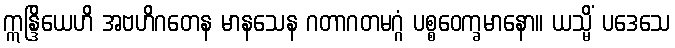
ဣန္ဒြိယေဟိ အဗဟိဂတေန မာနသေန ဂတာဂတမဂ္ဂံ ပစ္စဝေက္ခမာနော။ ယသ္မိံ ပဒေသေ